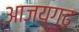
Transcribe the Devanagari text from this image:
आजयगढ़